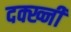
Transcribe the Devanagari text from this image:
दक्ख्नी